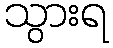
သွားရ